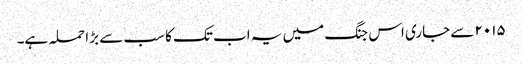
۲۰۱۵ سے جاری اس جنگ میں یہ اب تک کا سب سے بڑا حملہ ہے۔